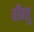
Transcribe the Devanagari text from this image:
वाँग्तु